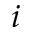
i